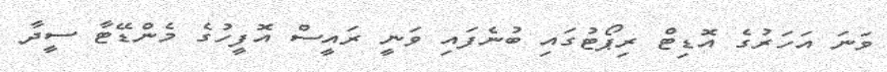
ވަނަ އަހަރުގެ އޮޑިޓް ރިޕޯޓުގައި ބުނެފައި ވަނީ ރައީސް އޮފީހުގެ މެންޑޭޓާ ސީދާ